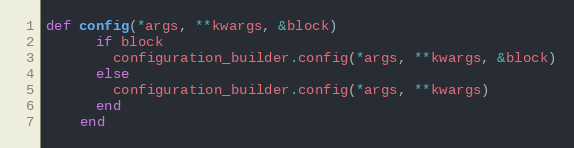
Language: Ruby
def config(*args, **kwargs, &block)
      if block
        configuration_builder.config(*args, **kwargs, &block)
      else
        configuration_builder.config(*args, **kwargs)
      end
    end